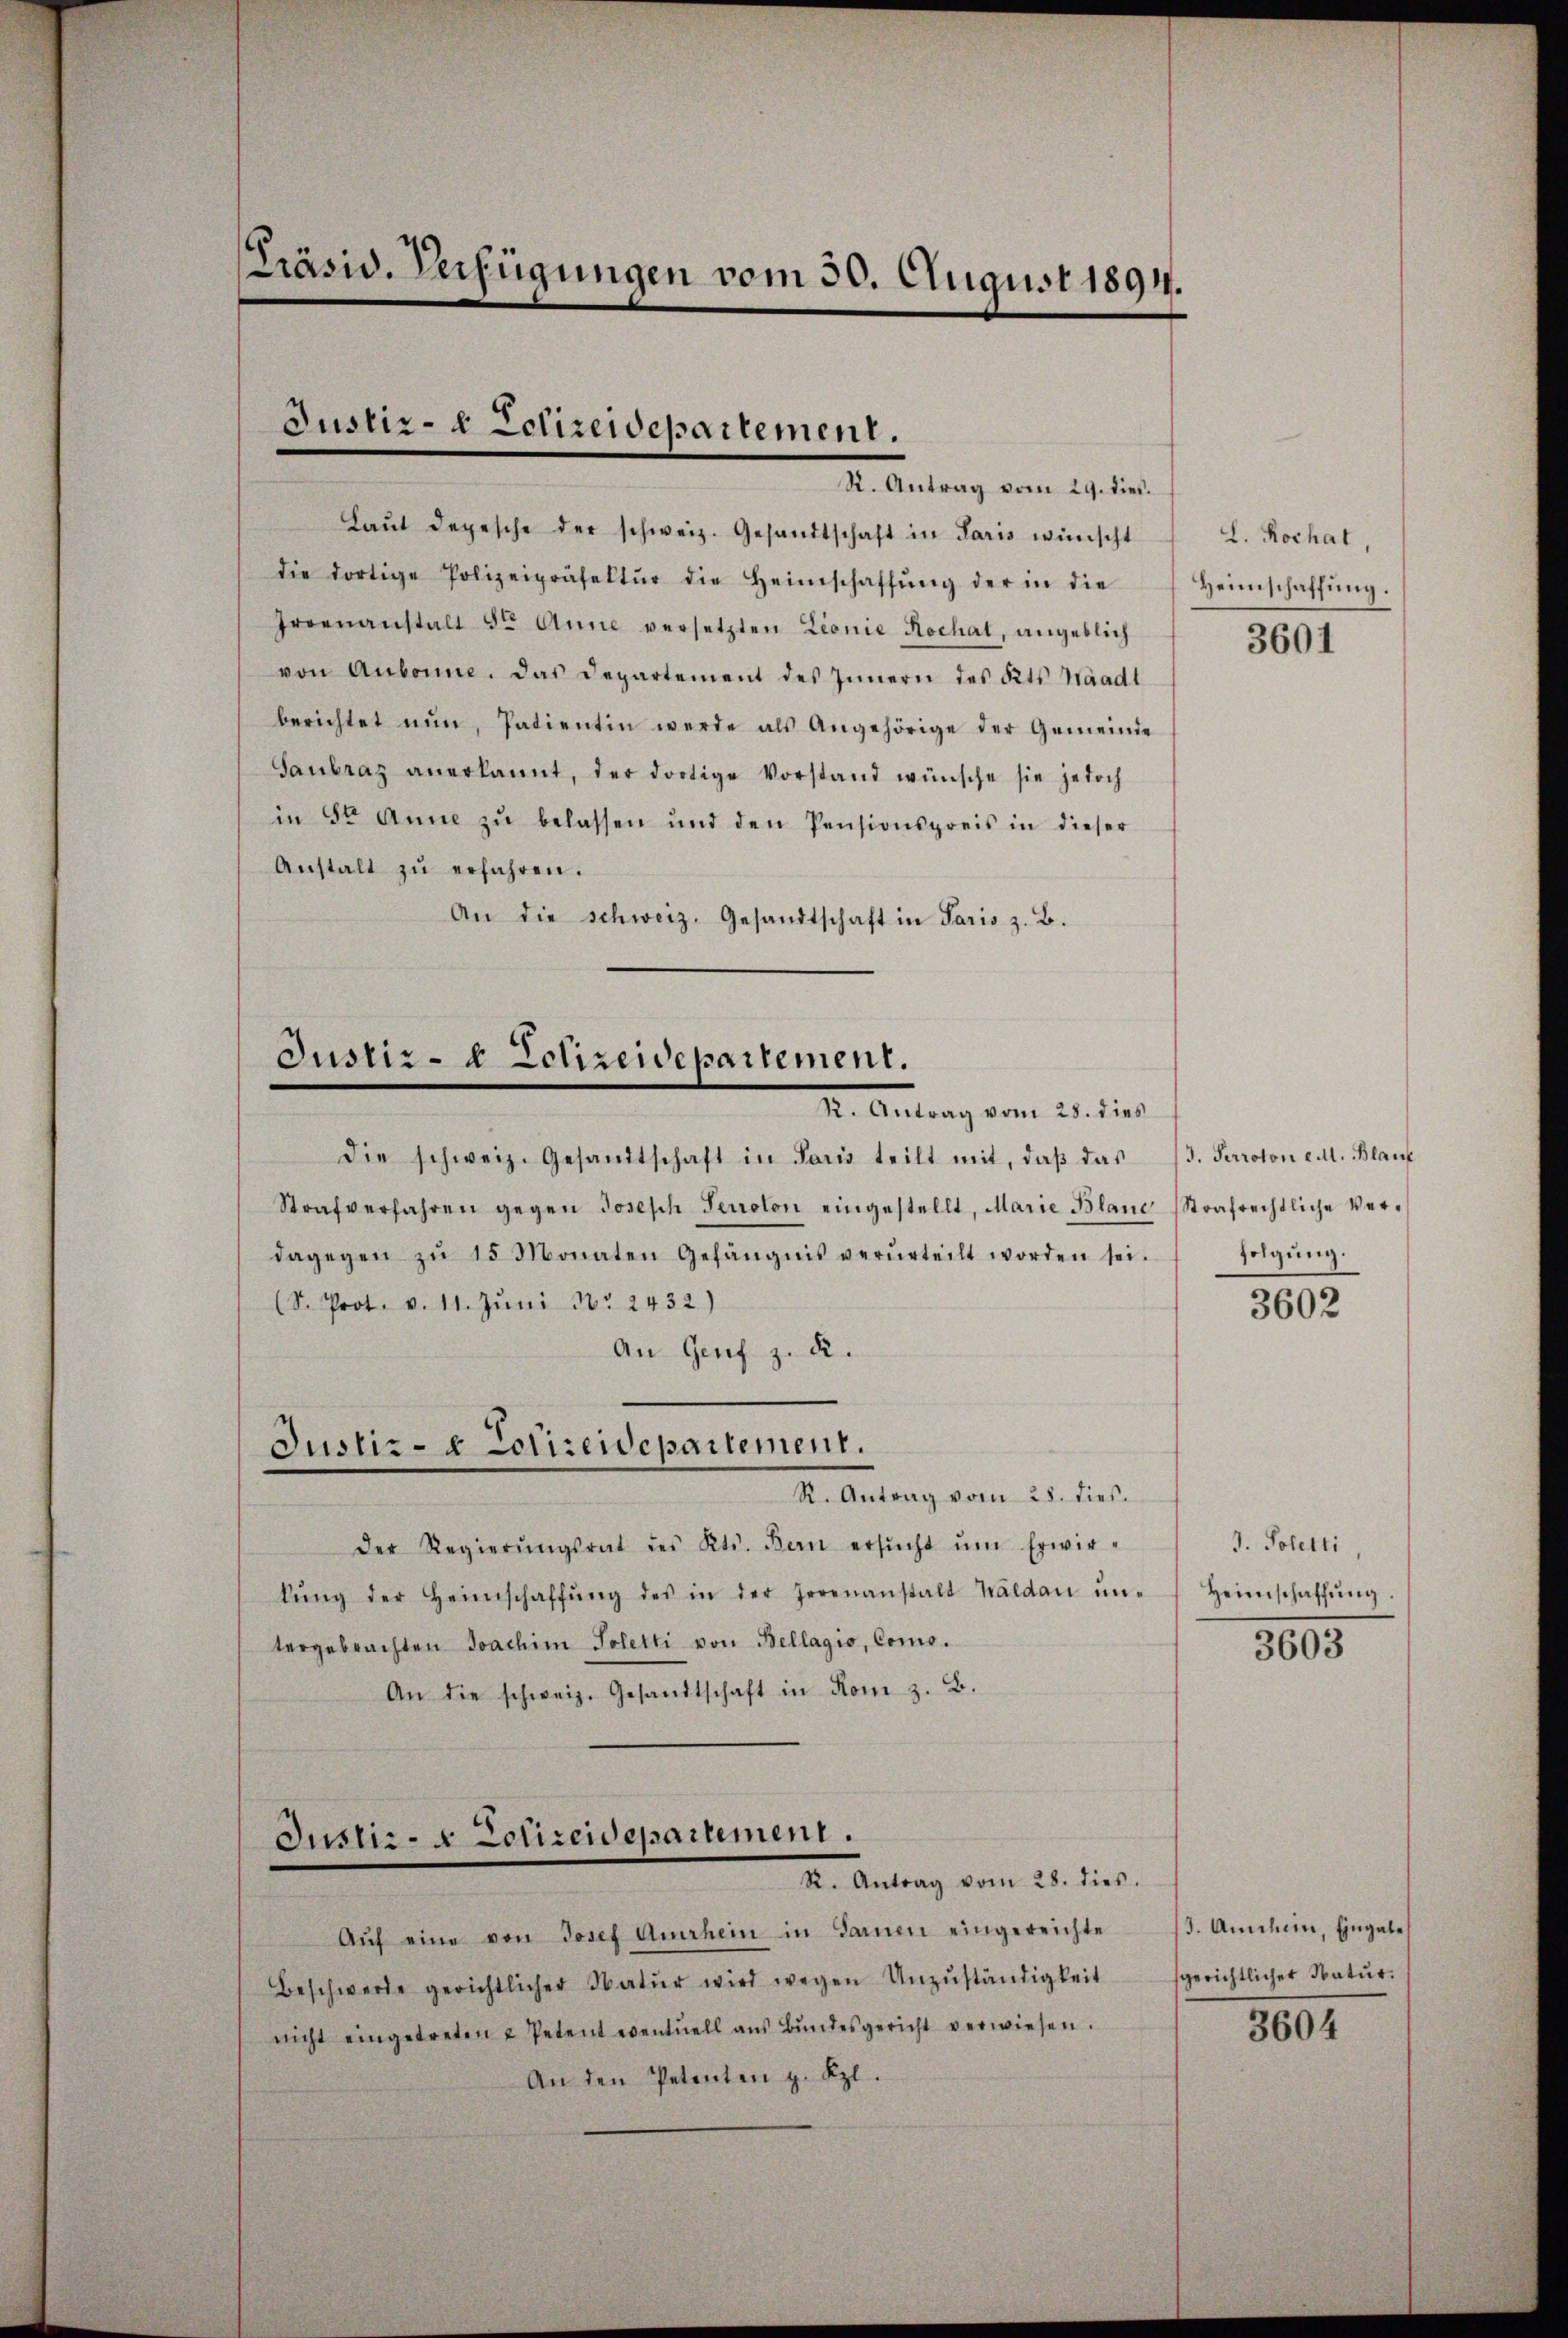
PPräsid. Verfügungen vom 30. August 1894.

Justiz- & Polizeidepartement.
R. Antrag vom 29. dies.

Laŭt depesche der schweiz. Gesandtschaft in Paris wünscht
die dortige Polizeipräselter die Heimschaffŭng der in die Heimschaffŭng.
Groenanstalt 8ten Anna versetzten Lionie Hochat, angeblich
von Aubonne. Das Departement des Innern des Kts. Waadt
berichtet nun, Patientin werde als Angehörige der Gemeinde
Sanbraz anerkannt, der dortige Vorstand wünsche sie jedoch
in 8t Anne zŭ belassen und den Pensionspreis in dieser
Anstalt zŭ erfahren.
An die schweiz. Gesandtschaft in Paris z. B.

Justiz- & Polizeidepartement.
M. Antrag vom 25. dies

Justiz- & Polizeidepartement.
R. Antrag vom 28. dies.

Justiz- & Polizeidepartement.
R. Antrag vom 28. dies.

die schweiz. Gesandtschaft in Paris teilt mit, daβ das 3. Perroton eit. Blauf
Strafverfahren gegen Joseph Perroton eingestellt, Marie Blaue Strafrechtliche Verdagegen zŭ 15 Monaten Gefängnis verurteilt worden sei.
(S. Prot. v. 11. Jŭni Nr. 2432)
An Genf z. d.
Der Regierŭngsrat des Kts. Bern ersŭcht ŭm Erwirkŭng der Heimschaffŭng des in der Irrenanstalt Waldau ŭn-
tergebrachten Joachim Soletti von Bellagio, Como¬
An die schweiz. Gesandtschaft in Rom z. B.

Aŭf eine von Josef Auerhein in Sarnen eingereichte
Beschwerde gerichtlicher Natŭr wird wegen Unzuständigkeit
nicht eingetreten u Petent eventuell aŭs Bŭndesgericht verwiesen.
An den Petenten z. Kzl.

L. Rochat,
3601

folgung.

3602

3. Soletti,
Heimschaffŭng.

3603

3. Amchein, Eingabe
gerichtlicher Natur.

3604